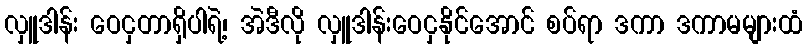
လှူဒါန်း ဝေငှတာရှိပါရဲ့၊ အဲဒီလို လှူဒါန်းဝေငှနိုင်အောင် စပ်ရာ ဒကာ ဒကာမများထံ